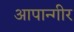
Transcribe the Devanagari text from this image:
आपान्गीर